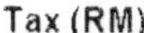
TAX(RM)